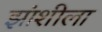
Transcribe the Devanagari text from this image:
झांशीला